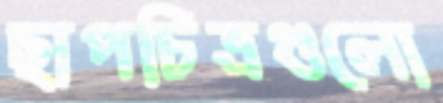
ছাপচিত্রগুলো